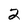
Character: 2